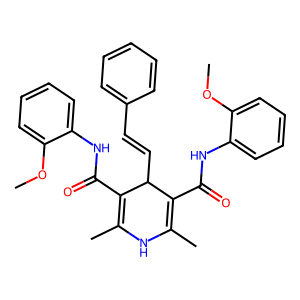
SMILES: COc1ccccc1NC(=O)C1=C(C)NC(C)=C(C(=O)Nc2ccccc2OC)C1C=Cc1ccccc1
Inhibits HIV replication: No